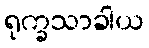
ရုက္ခသာခါယ